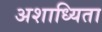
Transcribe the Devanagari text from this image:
अशाध्यिता